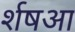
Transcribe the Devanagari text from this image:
र्शषआ